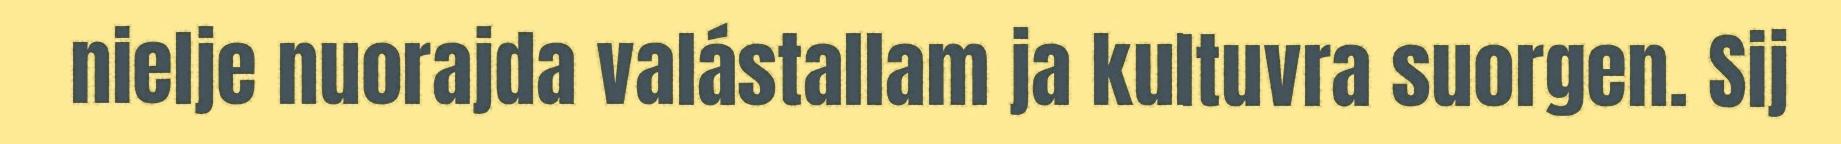
nielje nuorajda valástallam ja kultuvra suorgen. Sij